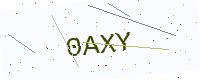
Text: 0AXY